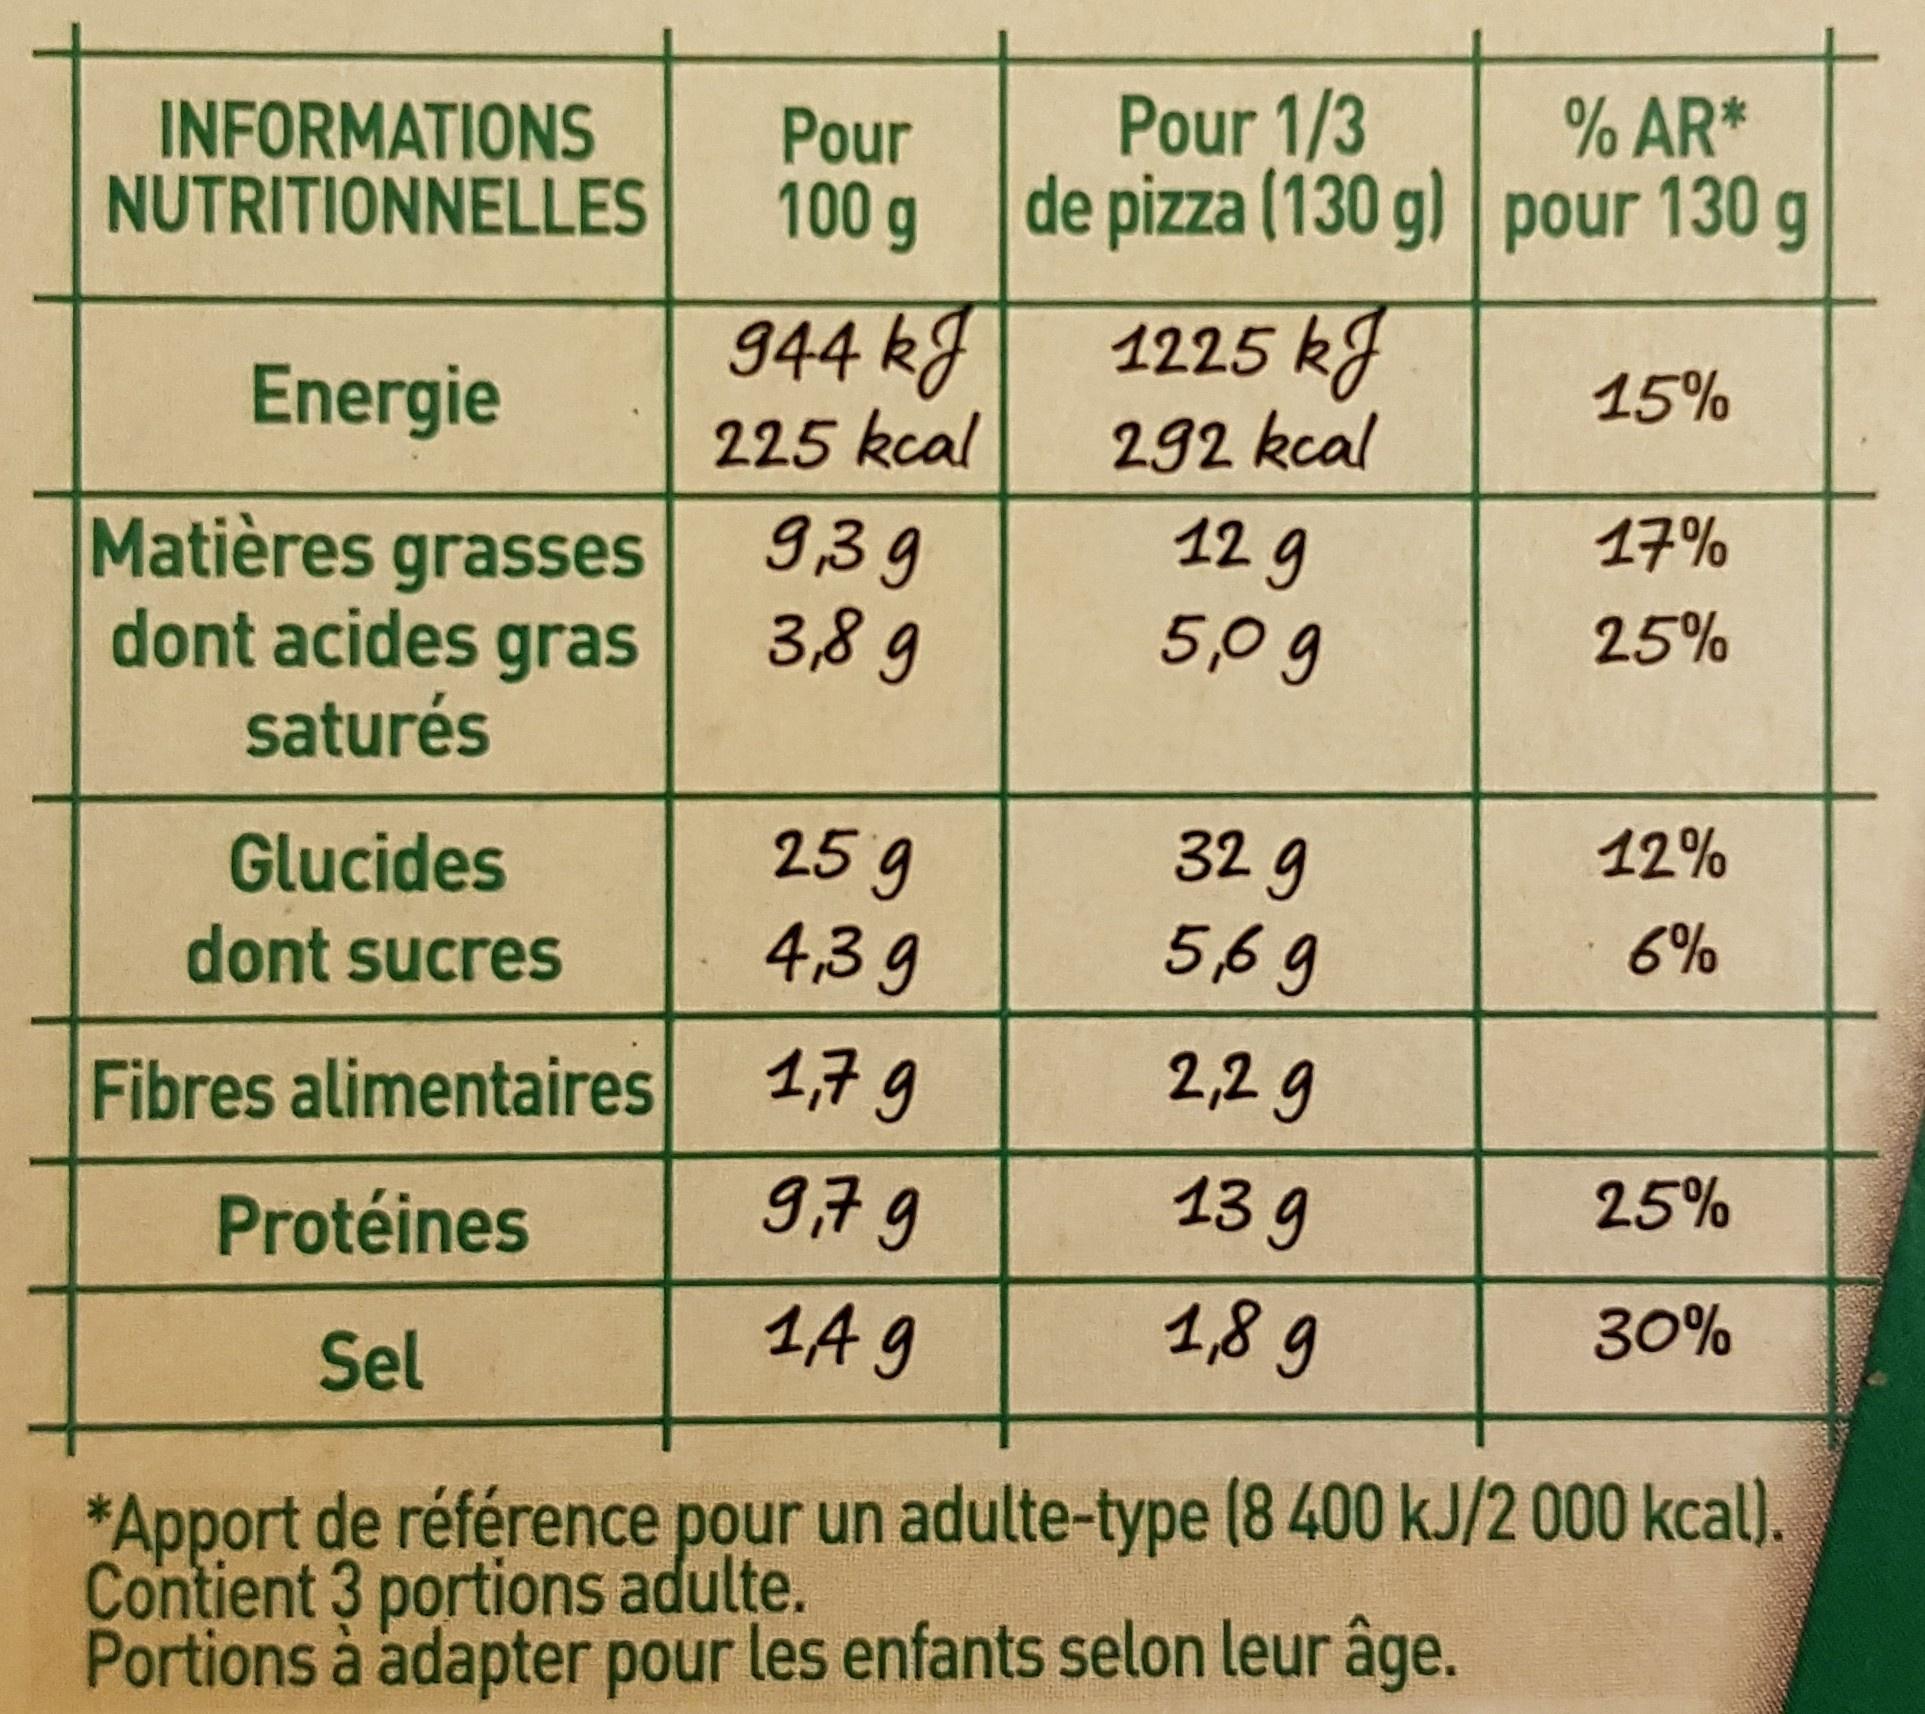
%AR* Pour 1/3 INFORMATIONS NUTRITIONNELLES Pour de pizza (130 g) pour 130 g 100 g 1225 kg 292 kcal 12 g 944 kg 225 kcal 15% Energie 17% 939 3,8g Matières grasses dont acides gras saturés 25% 5,0g 12% 32 g 5,69 25 g 439 Glucides 6% dont sucres 2,2g 179 Fibres alimentaires 25% 13 9 979 Protéines 189 30% 4A 9 Sel *Apport de référence pour un adulte-type (8 400 kJ/2 000 kcal. Contient 3 portions adulte. Portions à adapter pour les enfants selon leur âge.